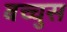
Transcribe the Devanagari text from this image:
बच्चुस